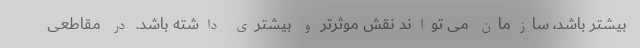
بیشتر باشد، سازمان می تواند نقش موثرتر و بیشتری داشته باشد. در مقاطعی